Civil Veterinary Department Bengal reports 1933-51 - 1933-1951
Year: 1933
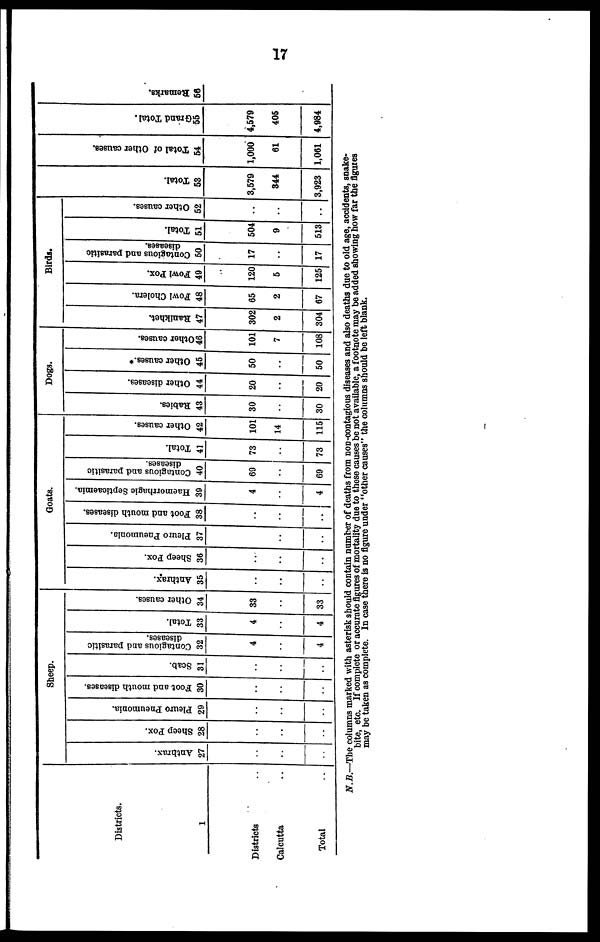
17
Districts.
1
Districts ..
Calcutta ..
Sheep.
Anthrax.
27
..
..
..
Sheep Pox.
28
..
..
..
Pleuro Pneumonia.
29
..
..
..
Foot and mouth diseases.
30
..
..
..
Scab.
31
..
..
..
Contagious and parasitic
diseases.
32
4
..
4
Total.
33
4
..
4
Other causes.
34
33
..
33
Goats.
Anthrax.
35
..
..
..
Sheep Pox.
36
..
..
..
Pleuro Pneumonia.
37
..
..
..
Foot and mouth diseases.
38
..
..
..
Haemorrhnglc Septicaemia.
30
4
..
4
Contagious and parasitic
diseases.
40
69
..
60
Total.
41
73
..
73
Other causes.
42
101
14
115
Dogs.
Babies.
43
30
..
30
Other diseases.
44
20
..
20
Other causes.*
45
50
..
50
Other
causes.
46
101
7
108
Bird.
Ranikhet.
47
302
2
304
Fowl Cholera.
48
65
2
67
Fowl Pox.
49
120
5
125
Contagious and parasitic
diseases.
60
17
..
17
Total.
51
504
9
513
Other causes.
52
..
..
..
Tot al .
53
3,579
844
3,923
Tot al of O t h e r caus es .
64
1,000
61
1,061
Grand Tot al .
66
4,579
406
4,984
Re ma r
ks .
56
N.B.—The columns marked with asterisk should contain number of deaths from non-contagious diseases and also deaths due to old age, accidents, snake-
bite, etc. If complete or accurate figures of mortality due to these causes be not available, a footnote may be added showing how far the figures
may be taken as complete. In case were is no figure under "other causes" the columns should bo left blank.